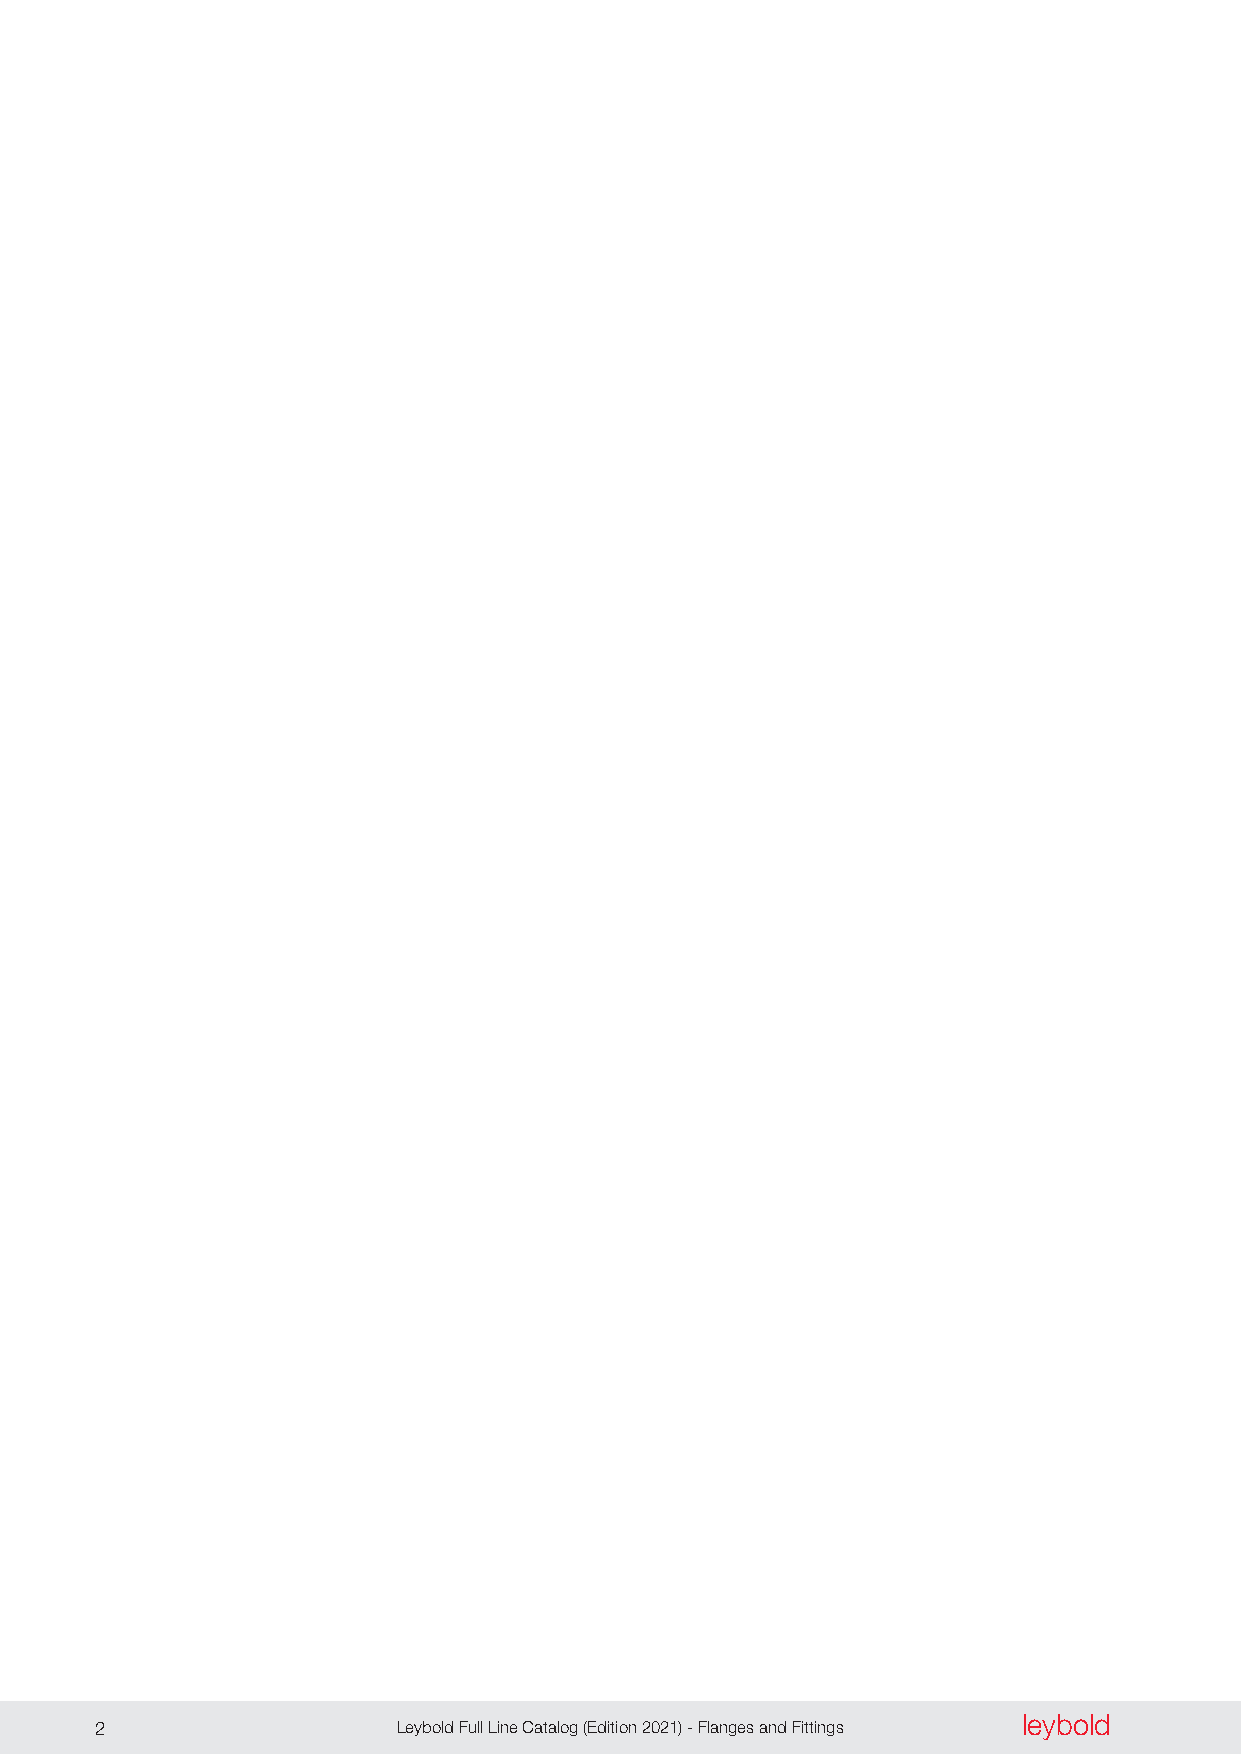
leybold
 2                   Leybold Full Line Catalog (Edition 2021) - Flanges and Fittings